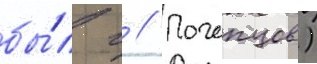
бы́л г // Почепцов)